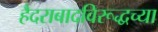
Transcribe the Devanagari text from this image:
हैदराबादविरूद्धच्या